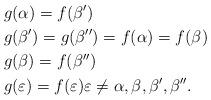
LaTeX: \begin{align*}&g(\alpha)=f(\beta')\\&g(\beta')=g(\beta'')=f(\alpha)=f(\beta)\\&g(\beta)=f(\beta'')\\&g(\varepsilon)=f(\varepsilon) \varepsilon\ne \alpha,\beta,\beta',\beta''.\end{align*}